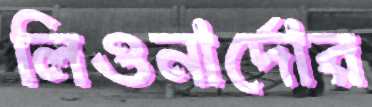
লিওনার্দোর